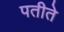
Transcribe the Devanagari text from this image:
पतीते